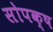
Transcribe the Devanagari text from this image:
सोपक्ष